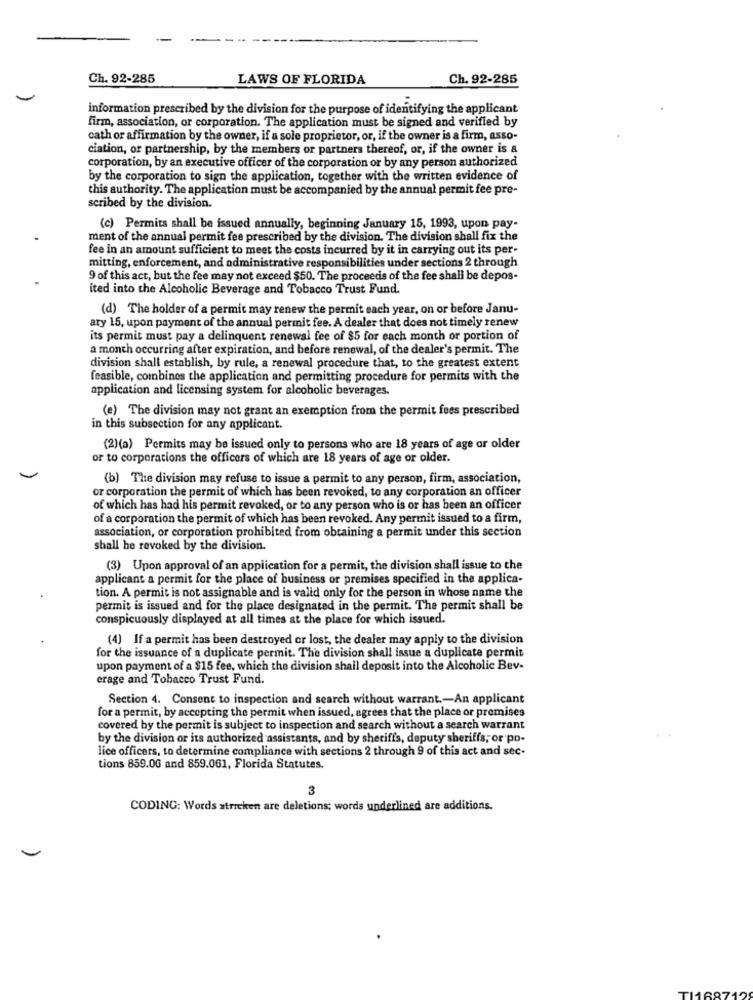
Ch. 92-285
LAWS OF FLORIDA
Ch. 92-285
information prescribed by the division for the purpose of identifying the applicant
firm, association, or corporation. The application must be signed and verified by
cath or affirmation by the owner, if a sole proprietor, or, if the owner is a firm, asso-
ciation, or partnership, by the members or partners thereof, or, if the owner is a
corporation, by an executive officer of the corporation or by any person authorized
by the corporation to sign the application, together with the written evidence of
this authority. The application must be accompanied by the annual permit fee pre-
scribed by the division.
(c) Permits shall be issued annually, beginning January 15, 1993, upon pay-
ment of the annual permit fee prescribed by the division. The division shall fix the
fee in an amount sufficient to meet the costs incurred by it in carrying out its per-
mitting, enforcement, and administrative responsibilities under sections 2 through
9 of this act, but the fee may not exceed $50. The proceeds of the fee shall be depos-
ited into the Alcoholic Beverage and Tobacco Trust Fund.
(d) The holder of a permit may renew the permit each year, on or before Janu-
ary 15, upon payment of the annual permit fee. A dealer that does not timely renew
its permit must pay a delinquent renewal fee of $5 for each month or portion of
a month occurring after expiration, and before renewal, of the dealer's permit. The
division shall establish, by rule, a renewal procedure that, to the greatest extent
feasible, combines the application and permitting procedure for permits with the
application and licensing system for alcoholic beverages.
(e) The division may not grant an exemption from the permit fees prescribed
in this subsection for any applicant.
(2)(a) Permits may be issued only to persons who are 18 years of age or older
or to corporations the officers of which are 18 years of age or older.
(b) The division may refuse to issue a permit to any person, firm, association,
or corporation the permit of which has been revoked, to any corporation an officer
of which has had his permit revoked, or to any person who is or has been an officer
of a corporation the permit of which has been revoked. Any permit issued to a firm,
association, or corporation prohibited from obtaining a permit under this section
shall be revoked by the division.
(3) Upon approval of an application for a permit, the division shall issue to the
applicant a permit for the place of business or premises specified in the applica-
tion. A permit is not assignable and is valid only for the person in whose name the
permit is issued and for the place designated in the permit. The permit shall be
conspicuously displayed at all times at the place for which issued.
(4) If a permit has been destroyed or lost, the dealer may apply to the division
for the issuance of a duplicate permit. The division shall issue a duplicate permit
upon payment of a $15 fee, which the division shail deposit into the Alcoholic Bev-
erage and Tobacco Trust Fund.
Section 4. Consent to inspection and search without warrant .- An applicant
for a permit, by accepting the permit when issued, agrees that the place or premises
covered by the permit is subject to inspection and search without a search warrant
by the division or its authorized assistants, and by sheriffs, deputy sheriffs, or po-
lice officers, to determine compliance with sections 2 through 9 of this act and sec-
tions 859.00 and 859.061, Florida Statutes.
3
CODING: Words stricken are deletions; words underlined are additions.